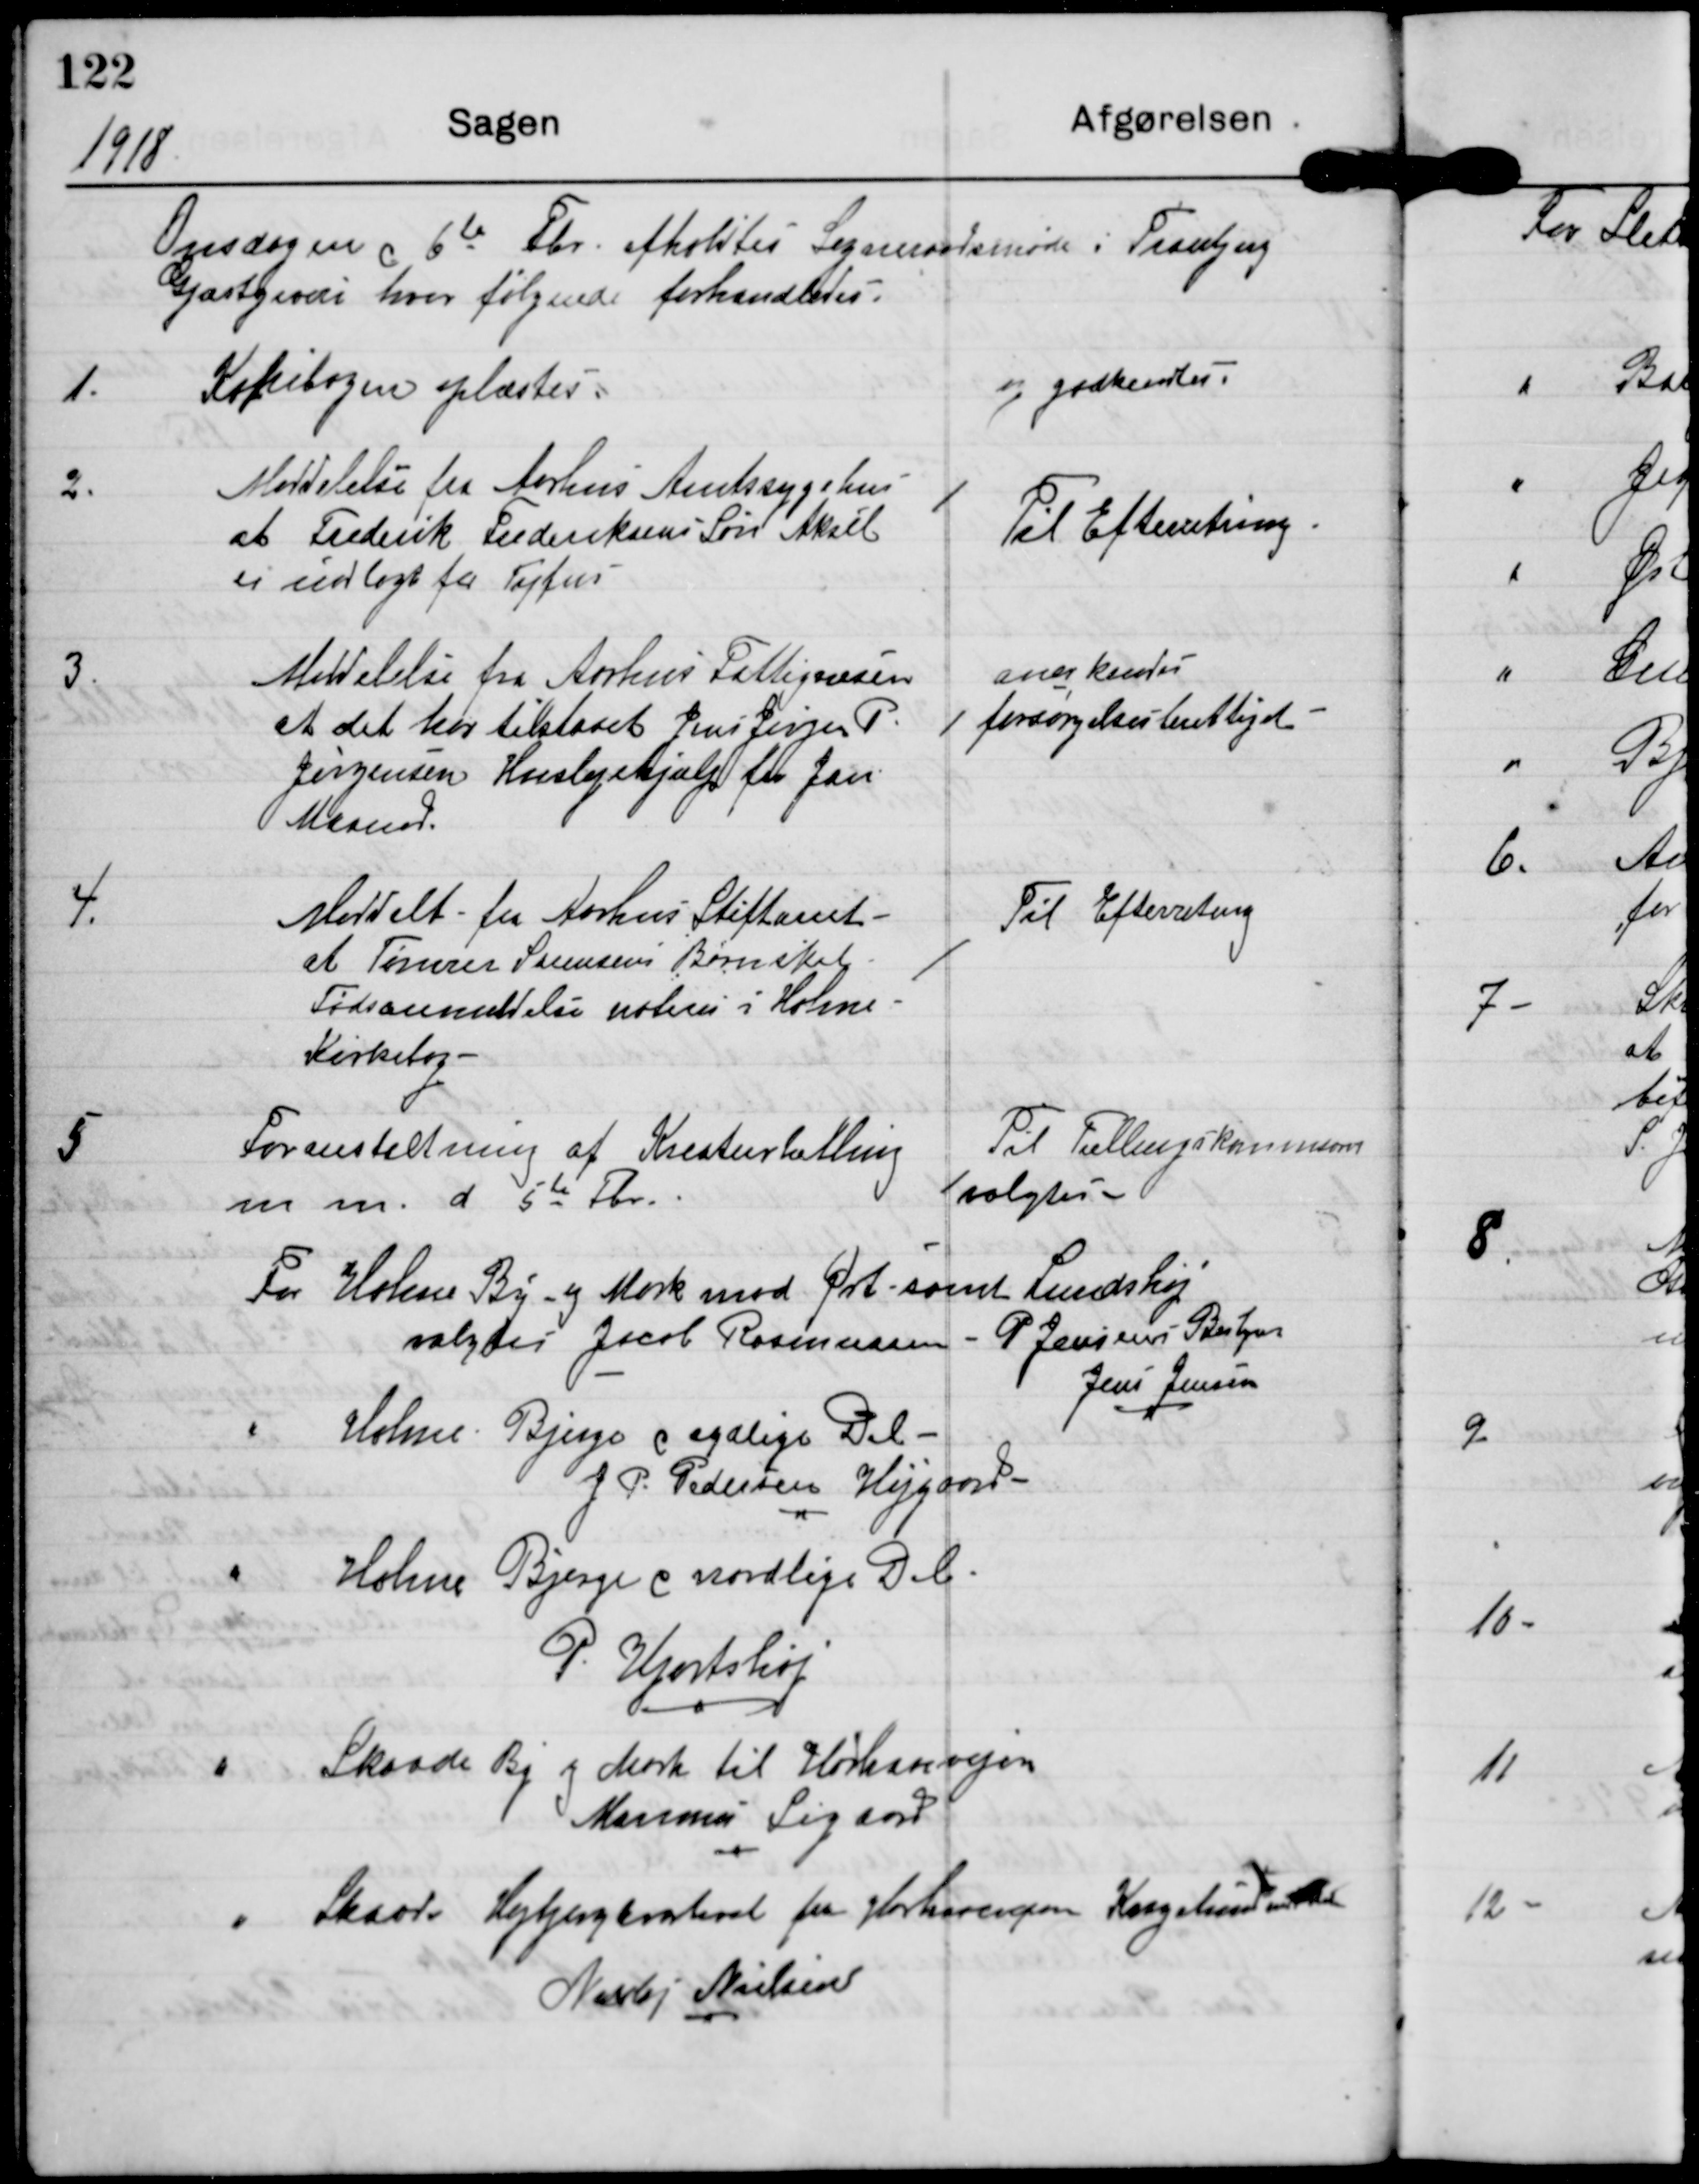
Transskription:
1918

Onsdagen d 6te Fbr. afholdtes Sogneraadsmøde i Tranbjerg
Gjæstgiveri hvor følgende forhandledes.

1

Kopibogen oplæstes

og godkendtes

2

Meddelelse fra Aarhus Amtssygehus
at Frederik Frederiksens Søn Aksel
er indlagt for Tyfus

Til Efterretning

3

Meddelelse fra Aarhus Fattigvæsen
at det har tilstaaet Jens Jørgen P.
Jørgensen Huslejehjælp for Jan
Maaned

anerkendes
forsørgelsesberettiget

4

Meddelt fra Aarhus Stiftamt
at Tømrer Sørensens Børn skal
Fødsanmeldelse noteres i Holme
Kirkebog.

Til Efterretning

5

Foranstaltning af Kreaturtælling
m m d 5te Fbr.

Til Tællingskommission
valgtes

For Holmme By og Mark mod Prt samt Lundshøj
valgtes Jacob Rasmussen - P Jensens Bestyrer
Jens Jensen
" Holme Bjerge og sydlige Del
J P Pedersen Højgaard
" Holme Bjerge og nordlige Del
P. Hjortshøj
" Skaade By og Mark til Hørhavevejen
Marinus Sigaard
" Skaade Højbjergkvarteret fra Hørhavevejen Kragelund
Nicolaj Nielsen